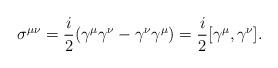
LaTeX: \begin{align*}\sigma ^{\mu \nu }=\frac{i}{2}(\gamma ^{\mu }\gamma ^{\nu }-\gamma ^{\nu}\gamma ^{\mu })=\frac{i}{2}[\gamma ^{\mu },\gamma ^{\nu }]. \end{align*}